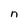
Character: n